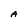
Character: A